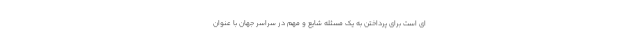
ای است برای پرداختن به یک مسئله شایع و مهم در سراسر جهان با عنوان